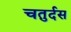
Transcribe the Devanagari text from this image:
चतुर्दस